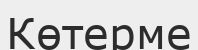
Көтерме